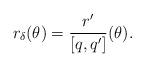
LaTeX: \begin{align*}r_{\delta}(\theta)=\frac{ r' }{[q,q'] }(\theta).\end{align*}